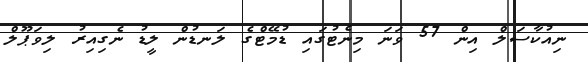
ނިއުކާސަލް އިން 57 ވަނަ މިނެޓުގައި ޑުމޭޓްގެ ލަނޑުން ލީޑު ނެގިއިރު ލިވަޕޫލް